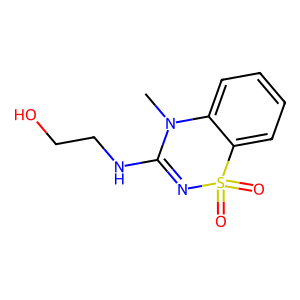
SMILES: CN1C(NCCO)=NS(=O)(=O)c2ccccc21
Inhibits HIV replication: No